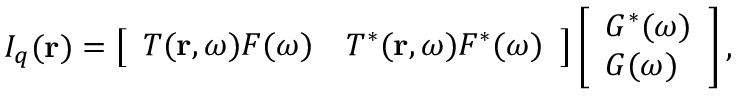
I _ { q } ( \mathbf { r } ) = \left[ \begin{array} { l l } { T ( \mathbf { r } , \omega ) F ( \omega ) } & { T ^ { * } ( \mathbf { r } , \omega ) F ^ { * } ( \omega ) } \end{array} \right] \left[ \begin{array} { l } { G ^ { * } ( \omega ) } \\ { G ( \omega ) } \end{array} \right] ,